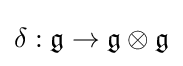
\delta :{\mathfrak {g}}\to {\mathfrak {g}}\otimes {\mathfrak {g}}